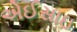
એઈસાઇ